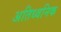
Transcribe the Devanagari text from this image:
अतिध्वनिक